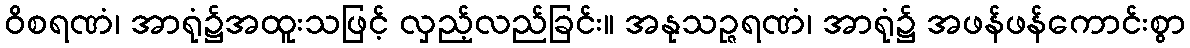
ဝိစရဏံ၊ အာရုံ၌အထူးသဖြင့် လှည့်လည်ခြင်း။ အနုသဉ္ဇရဏံ၊ အာရုံ၌ အဖန်ဖန်ကောင်းစွာ